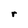
Character: r